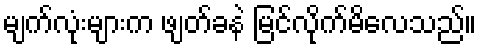
မျက်လုံးများက ဖျတ်ခနဲ မြင်လိုက်မိလေသည်။